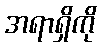
အရာရှိကို